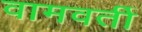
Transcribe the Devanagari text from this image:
वामवर्ती